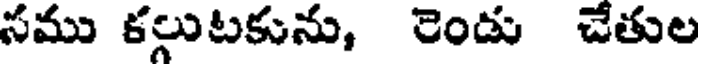
సము కలుటకును, రెండు చేతుల